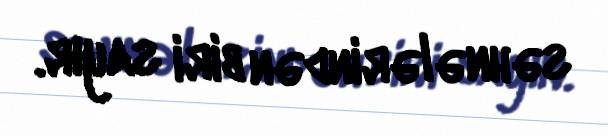
səhnələrindən biri sayır.